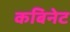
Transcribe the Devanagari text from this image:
कबिनेट